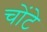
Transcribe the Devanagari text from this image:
चोंटे